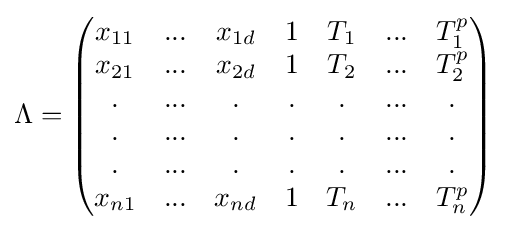
\Lambda ={\begin{pmatrix}x_{11}&...&x_{1d}&1&T_{1}&...&T_{1}^{p}\\x_{21}&...&x_{2d}&1&T_{2}&...&T_{2}^{p}\\.&...&.&.&.&...&.\\.&...&.&.&.&...&.\\.&...&.&.&.&...&.\\x_{n1}&...&x_{nd}&1&T_{n}&...&T_{n}^{p}\end{pmatrix}}